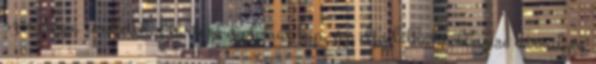
szociológia területéhez tartozó diplomát kap, így elfoglalhat többnyire bármilyen